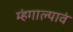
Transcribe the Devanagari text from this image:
म्हंगाल्यावं